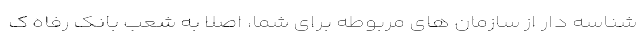
شناسه دار از سازمان های مربوطه برای شما، اصلاً به شعب بانک رفاه ک